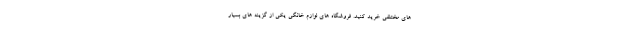
های مختلفی خرید کنید. فروشگاه های لوازم خانگی یکی از گزینه های بسیار